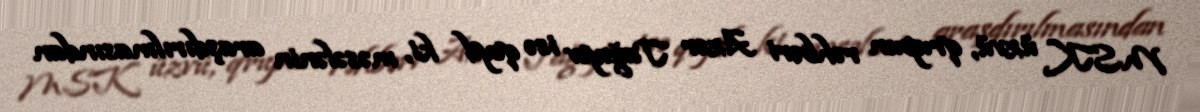
MSK üzvü, qrupun rəhbəri Azər Tağıyev isə qeyd ki, məsələnin araşdırılmasından